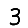
Digit: 3